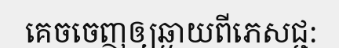
គេចចេញឲ្យឆ្ងាយពីភេសជ្ជ: